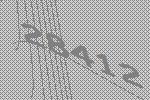
28412